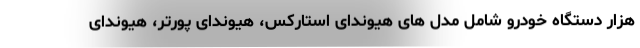
هزار دستگاه خودرو شامل مدل های هیوندای استارکس، هیوندای پورتر، هیوندای